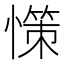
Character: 憡